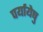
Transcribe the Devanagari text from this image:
पर्यायेषु